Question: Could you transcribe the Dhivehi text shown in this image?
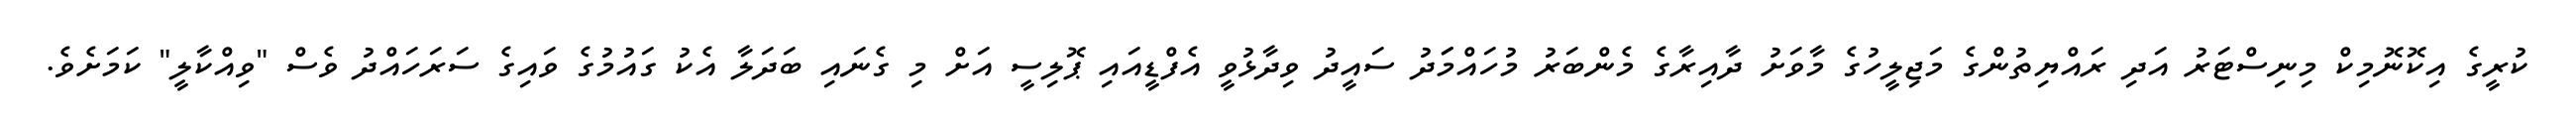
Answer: ކުރީގެ އިކޮނޮމިކް މިނިސްޓަރު އަދި ރައްޔިތުންގެ މަޖިލީހުގެ މާވަށު ދާއިރާގެ މެންބަރު މުހައްމަަދު ސައީދު ވިދާޅުވީ އެފްޑީއައި ޕޮލިސީ އަށް މި ގެނައި ބަދަލާ އެކު ގައުމުގެ ވައިގެ ސަރަހައްދު ވެސް "ވިއްކާލީ" ކަމަށެވެ.